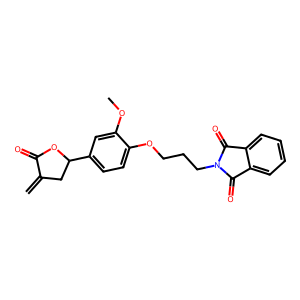
SMILES: C=C1CC(c2ccc(OCCCN3C(=O)c4ccccc4C3=O)c(OC)c2)OC1=O
Inhibits HIV replication: No